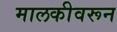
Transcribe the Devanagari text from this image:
मालकीवरून